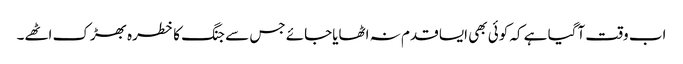
اب وقت آگیا ہے کہ کوئی بھی ایسا قدم نہ اٹھایاجائے جس سے جنگ کا خطرہ بھڑک اٹھے۔